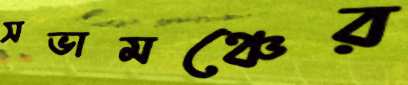
সভামঞ্চের